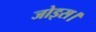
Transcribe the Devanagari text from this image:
जोइस।